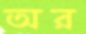
অর